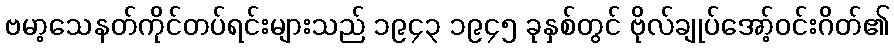
ဗမာ့သေနတ်ကိုင်တပ်ရင်းများသည် ၁၉၄၃ ၁၉၄၅ ခုနှစ်တွင် ဗိုလ်ချုပ်အော့်ဝင်းဂိတ်၏